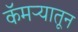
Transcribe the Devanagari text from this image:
कॅमऱ्यातून